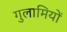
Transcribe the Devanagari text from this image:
गुलामियों